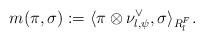
LaTeX: \begin{align*}m(\pi,\sigma):= \langle \pi \otimes \nu_{l, \psi}^\vee, \sigma \rangle_{R_l^F}.\end{align*}